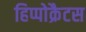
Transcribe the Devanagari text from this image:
हिप्पोक्रैटस